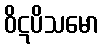
ဝိဋပိသမော